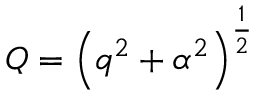
Q = \left( q ^ { 2 } + \alpha ^ { 2 } \right) ^ { \frac { 1 } { 2 } }